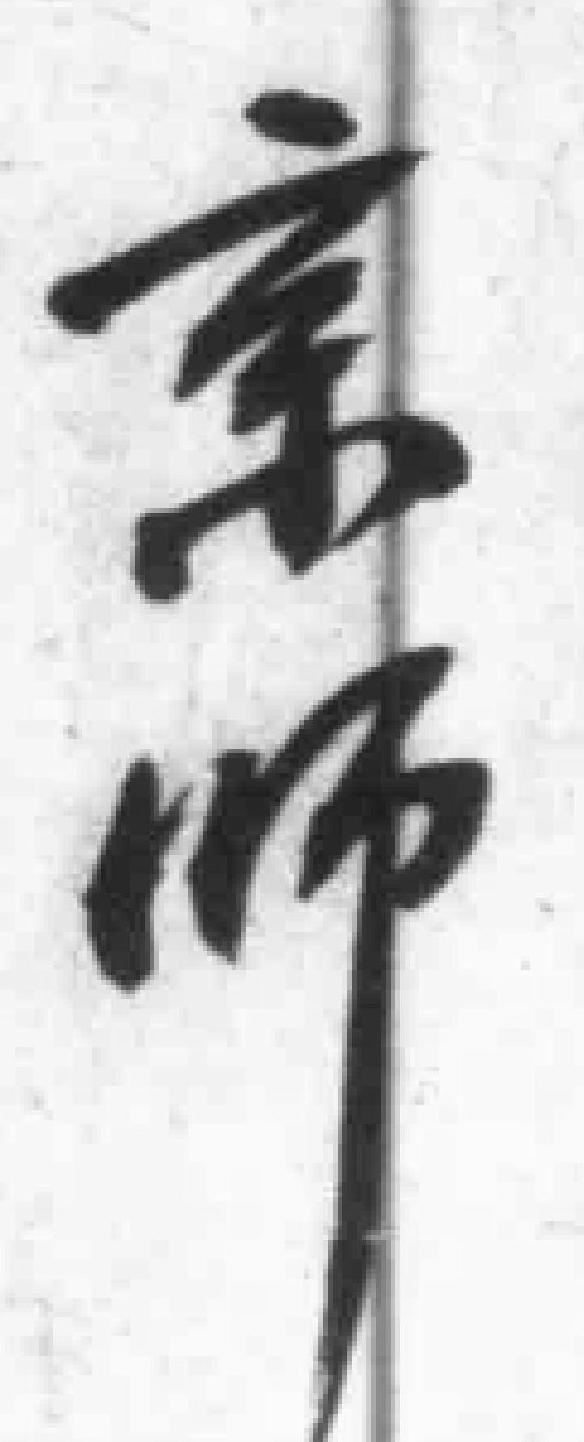
京师